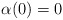
\begin{align*}\alpha(0) = 0\end{align*}